Insane asylums in Bengal annual reports 1876-1887 - 1876-1887
Year: 1876
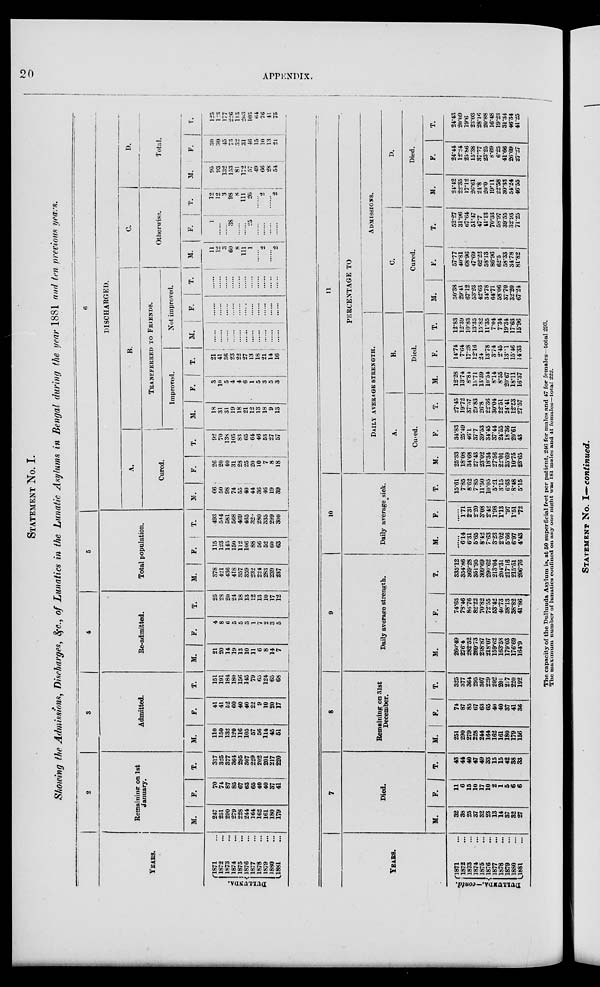
20
APPENDIX.
STATEMENT No. I.
Showing the Admissions, Discharges, &c., of Lunatics in the Lunatic Asylums in Bengal during the year 1881 and ten previous years.
YEARS.
DULLUNDA.
1871 ...
1872 ...
1873 ...
1874 ...
1875 ...
1876 ...
1877 ...
1878 ...
1879 ...
1880 ...
1881 ...
2
Remaining on 1st
January.
M.
247
251
290
279
228
244
164
162
161
180
179
F.
70
74
87
85
67
63
65
40
40
37
41
T.
317
325
377
364
295
307
229
202
201
217
220
3
Admitted.
M.
110
150
132
120
116
105
57
56
114
45
51
F.
41
41
52
60
40
40
22
9
10
20
17
T.
151
191
184
180
156
145
79
65
124
65
68
4
Re-admitted.
M.
21
20
14
19
13
10
11
6
8
14
7
F.
4
8
6
5
5
3
1
7
2
3
5
T.
25
28
20
24
18
13
12
13
10
17
12
5
Total population.
M.
378
421
436
418
357
359
232
224
283
239
237
F.
115
123
145
150
112
106
88
56
52
60
63
T.
493
544
581
568
469
465
320
280
335
299
300
6
DISCHARGED.
A.
Cured.
M.
66
50
98
74
55
40
44
36
46
19
39
F.
26
20
40
31
28
25
20
10
7
8
18
T.
92
70
138
105
83
65
64
46
53
27
57
B.
TRANSFERRED TO FRIENDS.
Improved.
M.
18
31
31
19
18
21
12
13
18
9
13
F.
3
10
5
4
4
6
1
5
3
5
3
T.
21
41
36
23
22
27
13
18
21
14
16
Not improved.
M.
......
......
......
......
......
......
......
......
......
......
F.
......
......
......
......
......
......
......
......
......
......
......
T.
......
......
......
......
......
......
......
......
......
......
......
C.
Otherwise.
M.
11
12
3
60
8
111
1
......
2
......
2
F.
1
......
......
38
......
......
25
......
......
......
......
T.
12
12
3
98
8
111
26
......
2
......
2
D.
Total.
M.
95
93
132
153
81
172
57
49
66
28
54
F.
30
30
45
73
32
31
46
15
10
13
21
T.
125
123
177
226
113
203
103
64
76
41
75
YEARS.
DULLUNDA- contd.
1871 ...
1872 ...
1873 ...
1874 ...
1875 ...
1876 ...
1877 ...
1878 ...
1879 ...
1880 ...
1881 ...
7
Died.
M.
32
38
25
37
32
23
13
14
37
32
27
F.
11
6
15
10
17
10
2
1
5
6
6
T.
43
44
40
47
49
33
15
15
42
38
33
8
Remaining on 31st
December.
M.
251
290
279
228
244
164
162
161
180
179
156
F.
74
87
85
67
63
65
40
40
37
41
36
T.
325
377
364
295
307
229
202
201
217
220
192
9
Daily average strength.
M.
261.49
276.4
282.52
269.73
238.87
218.07
159.62
163.58
179.03
176.69
164.9
F.
74.63
78.46
86.76
82.22
70.82
72.55
53.42
40.73
38.13
38.82
41.86
T.
335.12
354.86
369.28
351.95
309.69
290.62
213.04
204.31
217.16
215.51
206.76
10
Daily average sick.
M.
......
6.14
6.31
5.65
8.42
7.63
3.23
202
5.66
6.97
4.43
F.
......
1.71
2.31
2.20
3.08
2.42
1.98
1.13
.97
1.51
.72
T.
15.61
7.85
8.62
7.85
11.50
10.05
5.21
3.15
6.63
8.48
5.15
11
PERCENTAGE TO
DAILY AVERAGE STRENGTH.
A.
Cured
M.
25.33
18.08
34.68
27.43
23.02
18.34
27.56
22.01
25.69
10.75
23.65
F.
34.83
25.49
46.1
37.7
39.53
34.45
37.44
24.55
18.36
20.61
43
T.
27.45
19.72
37.37
29.83
26.8
22.36
30.04
22.51
24.41
12.53
27.57
B.
Died.
M.
12.28
13.74
8.84
13.71
13.39
10.54
8.14
8.55
20.67
18.11
16.37
F.
14.74
7.64
17.28
12.16
24
13.78
3.74
2.45
13.1
15.46
14.33
T.
12.83
12.39
10.83
13.35
15.82
11.35
7.04
7.34
19.34
17.63
15.96
ADMISSIONS.
C.
Cured.
M.
50.38
29.41
67.12
53.23
42.63
34.78
64.71
58.06
37.70
32.20
67.24
F.
57.77
40.81
68.96
47.69
62.22
58.13
86.96
62.5
58.33
34.78
81.82
T.
52.27
31.96
67.64
51.47
47.7
11.13
70.33
58.97
39.55
32.93
71.25
D.
Died.
M.
24.42
22.35
17.12
26.61
24.8
20.0
19.11
22.58
30.33
54.24
46.55
F.
24.44
12.24
25.86
15.38
37.77
23.25
8.69
6.25
41.66
26.09
27.27
T.
24.43
20.09
19.6
23.03
28.16
20.88
16.48
19.23
31.34
46.34
41.25
The capacity of the Dulluuda Asylum is, at 50 superficial feet per patient. 246 for males and 47 for females—total 293.
The maximum number of lunatics confined on any one night was 181 males and 41 females—total 222.